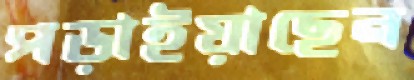
পড়াইয়াছেন